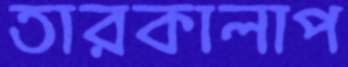
তারকালাপ